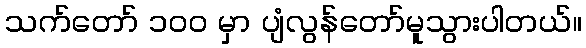
သက်တော် ၁ဝဝ မှာ ပျံလွန်တော်မူသွားပါတယ်။